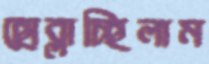
ছোব্‌লাচ্ছিলাম